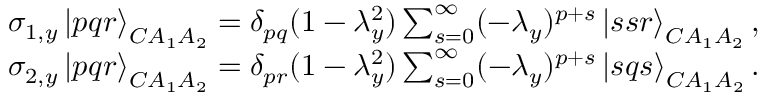
\begin{array} { r l } & { \sigma _ { 1 , y } \left| p q r \right> _ { C A _ { 1 } A _ { 2 } } = \delta _ { p q } ( 1 - \lambda _ { y } ^ { 2 } ) \sum _ { s = 0 } ^ { \infty } ( - \lambda _ { y } ) ^ { p + s } \left| s s r \right> _ { C A _ { 1 } A _ { 2 } } , } \\ & { \sigma _ { 2 , y } \left| p q r \right> _ { C A _ { 1 } A _ { 2 } } = \delta _ { p r } ( 1 - \lambda _ { y } ^ { 2 } ) \sum _ { s = 0 } ^ { \infty } ( - \lambda _ { y } ) ^ { p + s } \left| s q s \right> _ { C A _ { 1 } A _ { 2 } } . } \end{array}